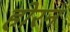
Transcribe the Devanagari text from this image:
होरन